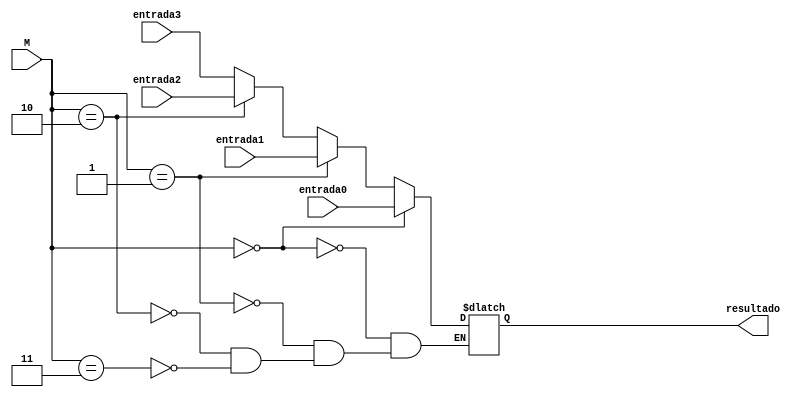
module multiplexador4x1(
  input[15:0] entrada0,
  input[15:0] entrada1,
  input[15:0] entrada2,
  input[15:0] entrada3,
  input[1:0] M,

  output[15:0] resultado
);
  reg[15:0] saida;
  assign resultado = saida;

  always @(M, entrada0, entrada1, entrada2, entrada3) begin
    if (M == 2'b00) saida <= entrada0;
    else if (M == 2'b01) saida <= entrada1;
    else if (M == 2'b10) saida <= entrada2;
    else if (M == 2'b11) saida <= entrada3;
  end
endmodule

// module testbench;
//   reg[15:0] entrada0 = 16'b0000000000000000;
//   reg[15:0] entrada1 = 16'b0000000000000001;
//   reg[15:0] entrada2 = 16'b0000000000000010;
//   reg[15:0] entrada3 = 16'b0000000000000011;
//   reg[1:0] M = 2'b00;
  
//   wire[15:0] resultado;

//   multiplexador4x1 multiplexador4x10(entrada0, entrada1, entrada2, entrada3, M, resultado);

//   initial begin
//     $dumpvars;
//     #2;
//     M = 2'b01;
//     #2;
//     M = 2'b10;
//     #2;
//     M = 2'b11;
//     #2;
//     M = 2'b00;
//     #2;
//     $finish;
//   end
// endmodule